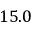
1 5 . 0